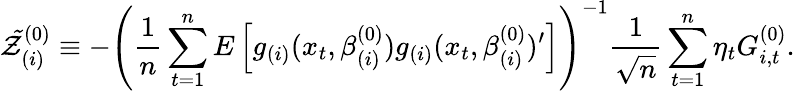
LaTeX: \mathcal{\tilde{Z}}_{(i)}^{(0)}\equiv-\left(\frac{1}{n}\sum_{t=1}^{n}E\left[g_{(i)}(x_{t},\beta_{(i)}^{(0)})g_{(i)}(x_{t},\beta_{(i)}^{(0)})^{\prime}\right]\right)^{-1}\frac{1}{\sqrt{n}}\sum_{t=1}^{n}\eta_{t}G_{i,t}^{(0)}.